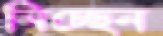
নিচ্ছেন